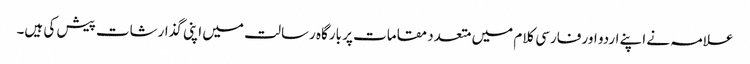
علامہ نے اپنے اردو اور فارسی کلام میں متعدد مقامات پر بارگاہ رسالت میں اپنی گذارشات پیش کی ہیں۔